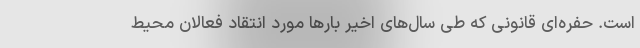
است. حفره‌ای قانونی که طی سال‌های اخیر بارها مورد انتقاد فعالان محیط